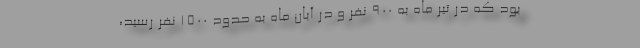
بود که در تیر ماه به 900 نفر و در آبان ماه به حدود 1500 نفر رسید،